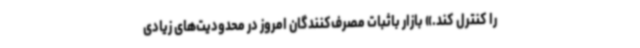
را کنترل کند.» بازار باثبات مصرف‌کنندگان امروز در محدودیت‌های زیادی